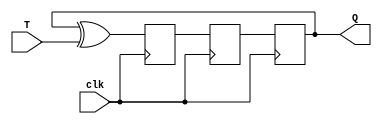
module TFF(
  input T,
  input clk,
  output reg Q
);

reg D1, D2;

always @ (posedge clk)
begin
  D1 <= Q ^ T;
  D2 <= D1;
  Q <= D2;
end

endmodule